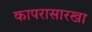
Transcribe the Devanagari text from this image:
कापरासारखा